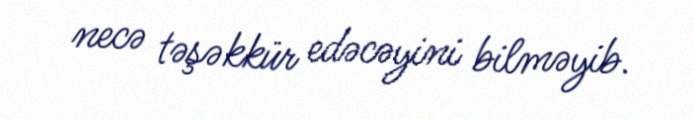
necə təşəkkür edəcəyini bilməyib.